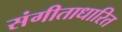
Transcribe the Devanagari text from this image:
संगीताधारित